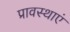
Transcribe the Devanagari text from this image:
प्रावस्थाएं